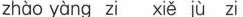
zhào yàng zi xiě jù zi